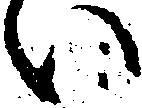
い